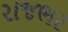
રાજભર